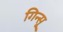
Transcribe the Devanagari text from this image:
गिन्सू